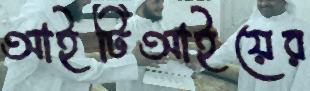
আইটিআইয়ের